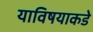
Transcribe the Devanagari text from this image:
याविषयाकडे